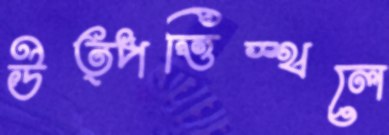
উত্পত্তিস্থলে